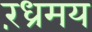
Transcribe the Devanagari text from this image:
रंध्रमय